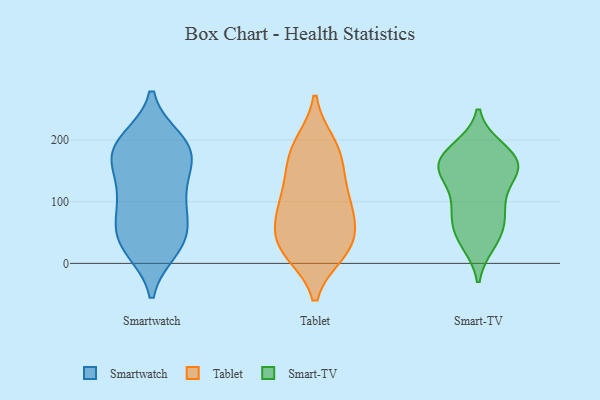
{"axis": {"x": "Temperature (°C)", "y": "Value"}, "legend": ["Smart-TV", "Smartwatch", "Tablet"], "data": [{"x": "", "y": 117, "type": "Smartwatch"}, {"x": "", "y": 199, "type": "Smartwatch"}, {"x": "", "y": 80, "type": "Smartwatch"}, {"x": "", "y": 113, "type": "Smartwatch"}, {"x": "", "y": 183, "type": "Smartwatch"}, {"x": "", "y": 24, "type": "Smartwatch"}, {"x": "", "y": 56, "type": "Smartwatch"}, {"x": "", "y": 43, "type": "Smartwatch"}, {"x": "", "y": 170, "type": "Smartwatch"}, {"x": "", "y": 94, "type": "Smartwatch"}, {"x": "", "y": 152, "type": "Smartwatch"}, {"x": "", "y": 29, "type": "Smartwatch"}, {"x": "", "y": 190, "type": "Smartwatch"}, {"x": "", "y": 33, "type": "Smartwatch"}, {"x": "", "y": 195, "type": "Smartwatch"}, {"x": "", "y": 173, "type": "Smartwatch"}, {"x": "", "y": 177, "type": "Tablet"}, {"x": "", "y": 106, "type": "Tablet"}, {"x": "", "y": 67, "type": "Tablet"}, {"x": "", "y": 153, "type": "Tablet"}, {"x": "", "y": 190, "type": "Tablet"}, {"x": "", "y": 71, "type": "Tablet"}, {"x": "", "y": 18, "type": "Tablet"}, {"x": "", "y": 194, "type": "Tablet"}, {"x": "", "y": 20, "type": "Tablet"}, {"x": "", "y": 90, "type": "Tablet"}, {"x": "", "y": 24, "type": "Tablet"}, {"x": "", "y": 43, "type": "Tablet"}, {"x": "", "y": 27, "type": "Tablet"}, {"x": "", "y": 100, "type": "Tablet"}, {"x": "", "y": 137, "type": "Tablet"}, {"x": "", "y": 185, "type": "Smart-TV"}, {"x": "", "y": 53, "type": "Smart-TV"}, {"x": "", "y": 37, "type": "Smart-TV"}, {"x": "", "y": 155, "type": "Smart-TV"}, {"x": "", "y": 154, "type": "Smart-TV"}, {"x": "", "y": 87, "type": "Smart-TV"}, {"x": "", "y": 34, "type": "Smart-TV"}, {"x": "", "y": 168, "type": "Smart-TV"}, {"x": "", "y": 94, "type": "Smart-TV"}, {"x": "", "y": 169, "type": "Smart-TV"}, {"x": "", "y": 154, "type": "Smart-TV"}, {"x": "", "y": 95, "type": "Smart-TV"}, {"x": "", "y": 184, "type": "Smart-TV"}, {"x": "", "y": 64, "type": "Smart-TV"}, {"x": "", "y": 144, "type": "Smart-TV"}, {"x": "", "y": 144, "type": "Smart-TV"}]}